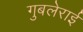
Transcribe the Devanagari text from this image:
गुबलेराई